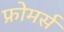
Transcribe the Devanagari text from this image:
फ्रोमर्स